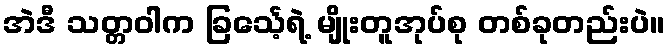
အဲဒီ သတ္တဝါက ခြင်္သေ့ရဲ့ မျိုးတူအုပ်စု တစ်ခုတည်းပဲ။